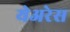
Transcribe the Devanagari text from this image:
येअरेस